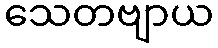
သေတဗျာယ